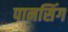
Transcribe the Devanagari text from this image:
पानसिंग